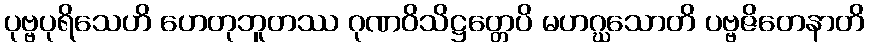
ပုဗ္ဗပုရိသေဟိ ဟေတုဘူတဿ ဂုဏဝိသိဋ္ဌတ္တေပိ မဟဂ္ဃသောတိ ပဗ္ဗဇိတေနာတိ